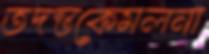
তদন্তকেমলনা